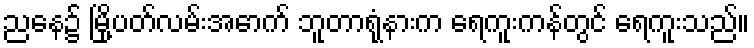
ညနေ၌ မြို့ပတ်လမ်းအောက် ဘူတာရုံနားက ရေကူးကန်တွင် ရေကူးသည်။